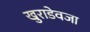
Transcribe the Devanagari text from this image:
खुराडेवजा